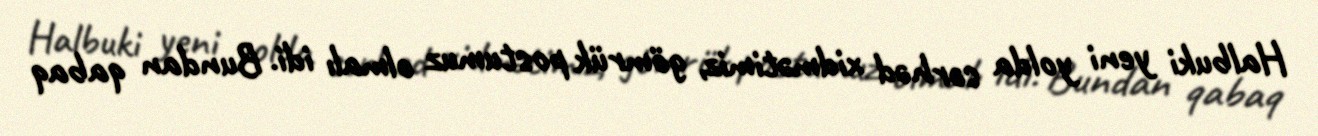
Halbuki yeni yolda sərhəd xidmətimiz, gömrük postumuz olmalı idi. Bundan qabaq